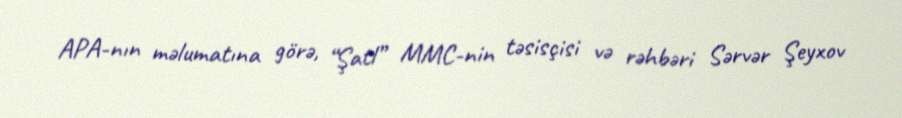
APA-nın məlumatına görə, “Şatl” MMC-nin təsisçisi və rəhbəri Sərvər Şeyxov